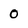
Character: 0